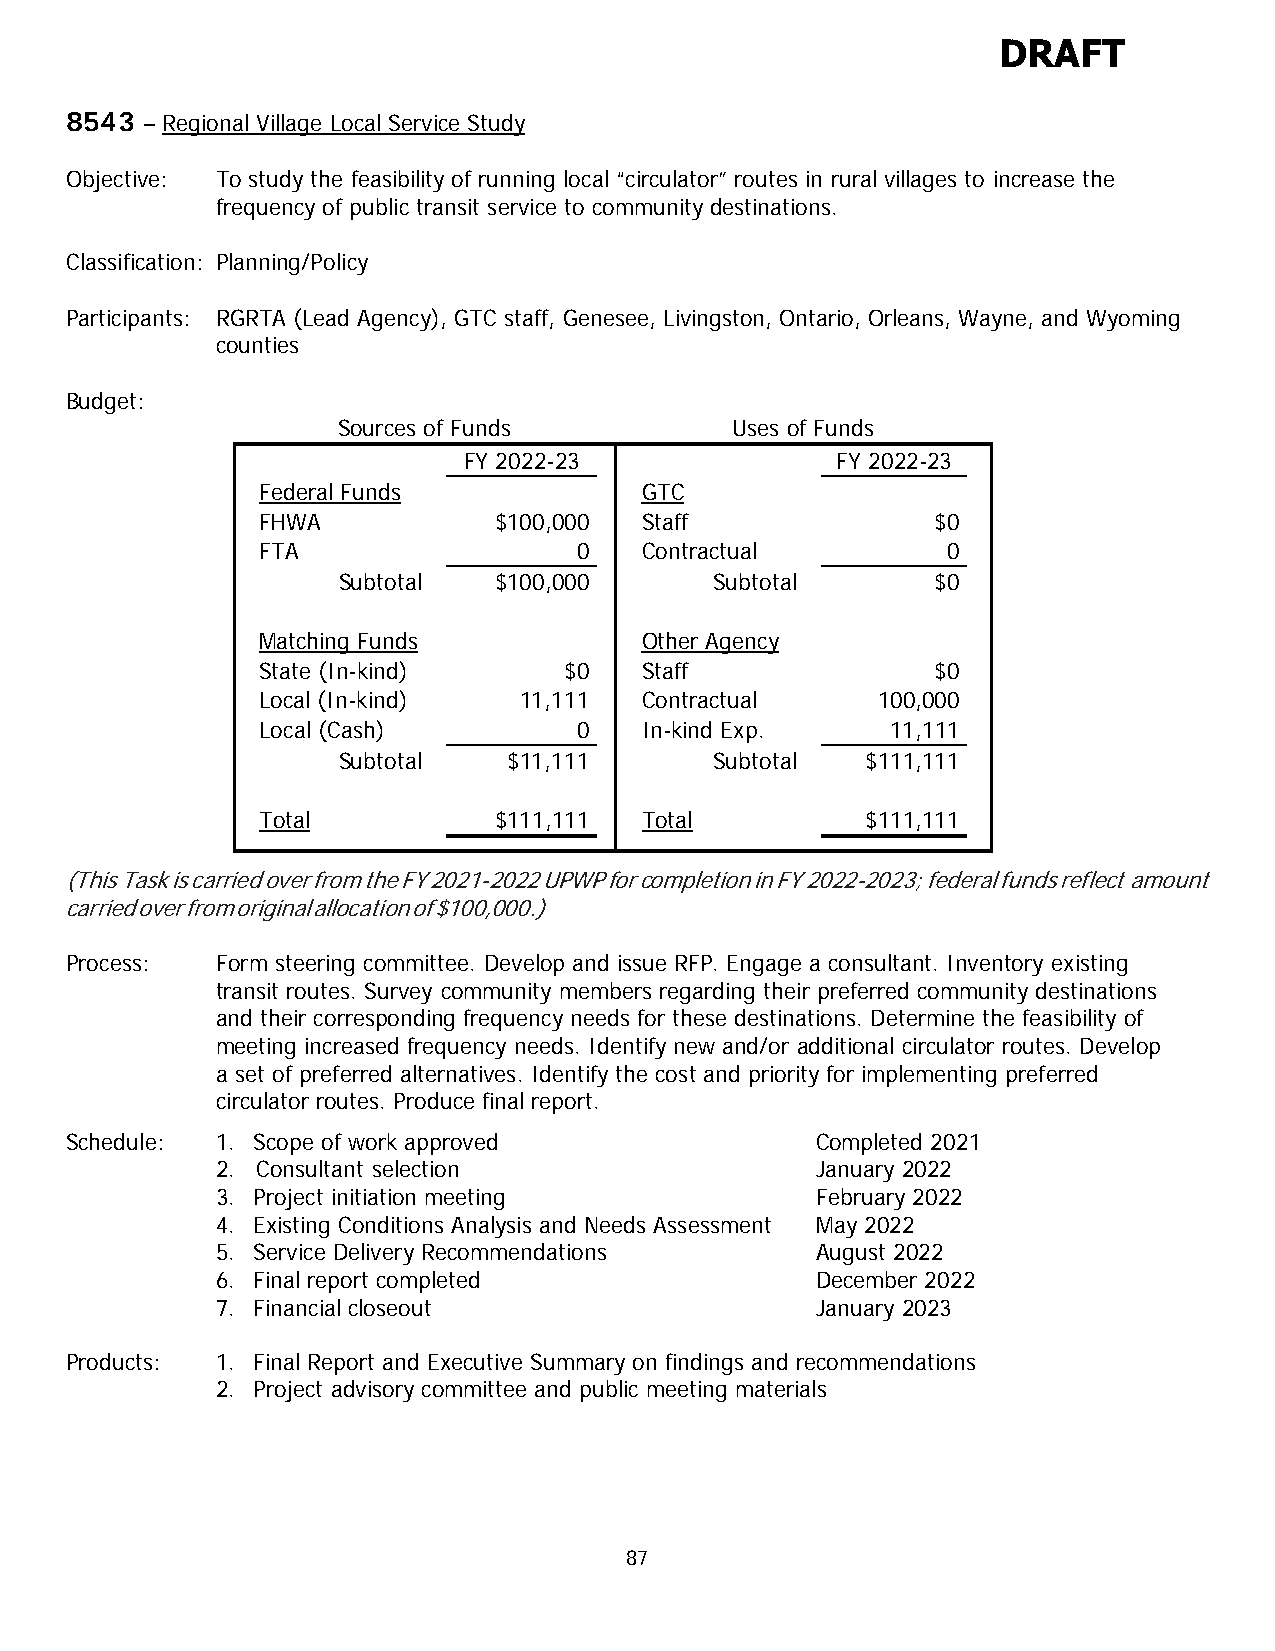
DRAFT
 8543 – Regional Village Local Service Study
 Objective: To study the feasibility of running local “circulator” routes in rural villages to increase the
 frequency of public transit service to community destinations.
 Classification: Planning/Policy
 Participants: RGRTA (Lead Agency), GTC staff, Genesee, Livingston, Ontario, Orleans, Wayne, and Wyoming
 counties
 Budget:
 Sources of Funds          Uses of Funds
 FY 2022-23              FY 2022-23
 Federal Funds            GTC
 FHWA            $100,000 Staff               $0
 FTA                  0   Contractual          0
 Subtotal   $100,000      Subtotal       $0
 Matching Funds           Other Agency
 State (In-kind)     $0   Staff               $0
 Local (In-kind)  11,111  Contractual     100,000
 Local (Cash)         0   In-kind Exp.     11,111
 Subtotal    $11,111      Subtotal  $111,111
 Total           $111,111 Total          $111,111
 (This Task is carried over from the FY 2021-2022 UPWP for completion in FY 2022-2023; federal funds reflect amount
 carried over from original allocation of $100,000.)
 Process:  Form steering committee. Develop and issue RFP. Engage a consultant. Inventory existing
 transit routes. Survey community members regarding their preferred community destinations
 and their corresponding frequency needs for these destinations. Determine the feasibility of
 meeting increased frequency needs. Identify new and/or additional circulator routes. Develop
 a set of preferred alternatives. Identify the cost and priority for implementing preferred
 circulator routes. Produce final report.
 Schedule: 1. Scope of work approved               Completed 2021
 2. Consultant selection                 January 2022
 3. Project initiation meeting           February 2022
 4. Existing Conditions Analysis and Needs Assessment May 2022
 5. Service Delivery Recommendations     August 2022
 6. Final report completed               December 2022
 7. Financial closeout                   January 2023
 Products: 1. Final Report and Executive Summary on findings and recommendations
 2. Project advisory committee and public meeting materials
 87